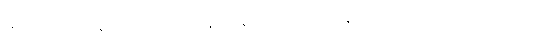
အာဂတဌာနေ၊ ၌။ ကမ္မာရာနံ၊ ပန်းပဲတို့၏။ ဠဒ္ဓနံ၊ ဖိုလ်ဝ်။ ဝံ၊ တင်းကုတ်ဝ်။